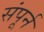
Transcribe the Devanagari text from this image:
संपूर्न